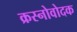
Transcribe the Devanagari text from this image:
क्रस्नोवोदक